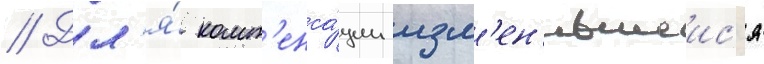
// Дл'я́ комп'енса́ции изм'ен'ившеис'я